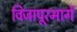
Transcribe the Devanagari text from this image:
विजापूरमार्गे